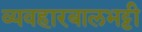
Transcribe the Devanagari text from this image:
व्यवहारबालभट्टी